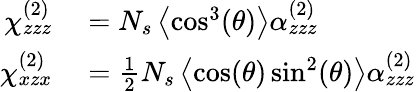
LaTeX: \begin{array}{rl}{\chi_{zzz}^{(2)}}&{{}=N_{s}\left\langle\cos^{3}(\theta)\right\rangle\alpha_{zzz}^{(2)}}\\ {\chi_{xzx}^{(2)}}&{{}={\frac{1}{2}}N_{s}\left\langle\cos(\theta)\sin^{2}(\theta)\right\rangle\alpha_{zzz}^{(2)}}\end{array}